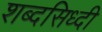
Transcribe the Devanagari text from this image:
शब्दसिध्दी